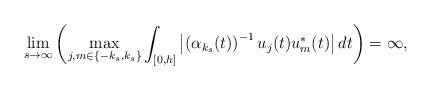
LaTeX: \begin{align*}\lim_{s\rightarrow\infty}\left( \max_{j,m\in\left\{ -k_{s},k_{s}\right\}}\int\nolimits_{[0,h]}\left\vert \left( \alpha_{k_{s}}(t)\right) ^{-1}u_{j}(t)u_{m}^{\ast}(t)\right\vert dt\right) =\infty,\end{align*}